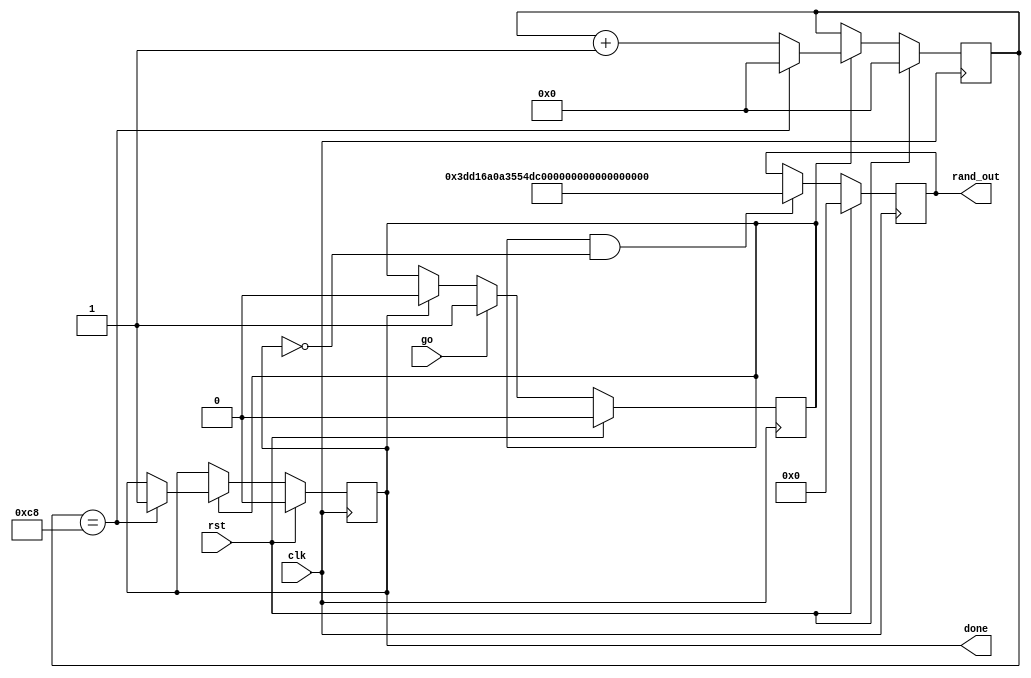
`timescale 1ns / 1ps
module ro_trng(

input clk, rst,
input go,
output reg [127:0] rand_out,
output reg done

);

reg [8:0] cnt;
//wire out2;
wire [7:0] out1;
//wire [9:0] out2;
wire temp;
reg en;
//XOR Tree
assign temp = out1[0]^out1[1]^out1[2]^out1[3]^out1[4]^out1[5]^out1[6]^out1[7];

always @(posedge clk) begin
    if(rst == 1) begin
        en <= 0;
    end
    else if (go == 1) begin
        en <= 1;
   
    end
    else if (done == 1) begin
        en <= 0;    
    end
end
always @(posedge clk)
begin
    if (rst == 1) begin
        cnt <= 0;
        done <= 0;
     end
    else if ( en == 1) begin
        cnt <= cnt+1;
            if (cnt == 200) begin
                cnt <= 0;
                done <= 1;
            end
     end
end

always @(posedge clk)
begin
    if (rst == 1)
        rand_out   <= 0;
    else if (en == 1 && done != 1)
       // rand_out <= {temp,rand_out[127:1]};
		//out2 <= 128'h06759EE04673F503054044091165C108;
		//out2 <= 128'd5000;
		
		//out2 <= 128'hc518e42402d62b848f554fa25b844433;
		//out2 <= 128'ha0228a8a6ea6ddd86a7d4639daec52fd;
		//out2 <= 128'h9aacecef7085b3bedff2dfc5eb90238f;
		//out2 <= 128'h6a59aa236afc6645e301daaa190f58b4;
		//out2 <= 128'h03acd167b74895d141b9922c9c802e03;
		//out2 <= 128'hf14b4ce10cdfa932b4d9cf0a55a7b28e;
		//out2 <= 128'hdfe621f3f4c1b215b68af47fd8070ffb;
		//out2 <= 128'hfaeb9d031c2b4b064b2a2d50907b8535;
		//out2 <= 128'h1db1dfd11c0bfd196e31d81e59148c93;
		//out2 <= 128'habef760ec484a449ad764aa8d2d042c4;
		
		//out2 <= 128'hb2971dbaa13b88de3757f0fb19d5ac9e; 
		//out2 <= 128'h9ac1a388cb07794869f7db9c019ad07d; 
		//out2 <= 128'hd6cb8608929680293b2cf277ea93afa2; 
		//out2 <= 128'hfba254a2265038049a89633ef9d0675b; 
		//out2 <= 128'h3ffd989e1e133eb211a95884075671cb; 
		//out2 <= 128'hbe53c336791942b143d9775e7226e5a9; 
		//out2 <= 128'ha7acae2bbe5fe7c67f70b3906ee264db; 
		//out2 <= 128'ha71700c4ff44afcb5392c48d1e6b59dc; 
		//out2 <= 128'h66e52dcef07b39978e2c0f23a9e5c45b; 
		rand_out <= 128'h3dd16a0a3554db070e0b00ce143b7344;
end

//    genvar i;

//	generate	
//		for(i=0; i<8; i= i+1) begin : loop	
//			ro ro_inst (.en(en), .roout(out1[i])); //ro output in out1
//		end
//	endgenerate   
	
endmodule